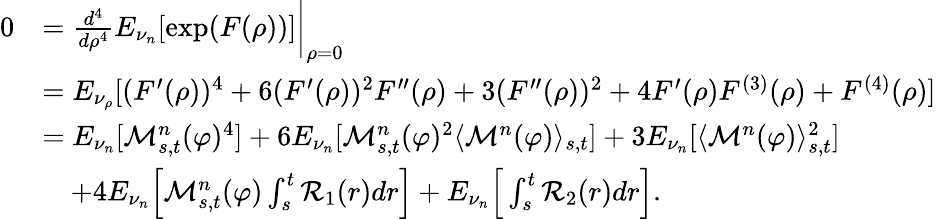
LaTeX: \begin{array}{rl}{0}&{=\frac{d^{4}}{d\rho^{4}}E_{\nu_{n}}[\exp(F(\rho))]\bigg|_{\rho=0}}\\ &{=E_{\nu_{\rho}}[(F^{\prime}(\rho))^{4}+6(F^{\prime}(\rho))^{2}F^{\prime\prime}(\rho)+3(F^{\prime\prime}(\rho))^{2}+4F^{\prime}(\rho)F^{(3)}(\rho)+F^{(4)}(\rho)]}\\ &{=E_{\nu_{n}}[\mathcal{M}_{s,t}^{n}(\varphi)^{4}]+6E_{\nu_{n}}[\mathcal{M}_{s,t}^{n}(\varphi)^{2}\langle\mathcal{M}^{n}(\varphi)\rangle_{s,t}]+3E_{\nu_{n}}[\langle\mathcal{M}^{n}(\varphi)\rangle_{s,t}^{2}]}\\ &{\quad+4E_{\nu_{n}}\Big[\mathcal{M}_{s,t}^{n}(\varphi)\int_{s}^{t}\mathcal{R}_{1}(r)dr\Big]+E_{\nu_{n}}\Big[\int_{s}^{t}\mathcal{R}_{2}(r)dr\Big].}\end{array}